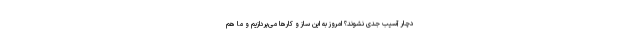
دچار آسیب جدی نشوند؟ امروز به این ساز و کار‌ها می‌پردازیم و ما هم